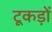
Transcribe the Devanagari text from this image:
टूकड़ों